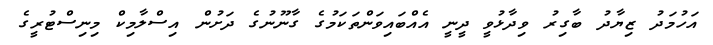
އަހުމަދު ޒިޔާދު ބާގިރު ވިދާޅުވީ ދީނީ އެއްބައިވަންތަކަމުގެ ގާނޫނުގެ ދަށުން އިސްލާމިކް މިނިސްޓުރީގެ